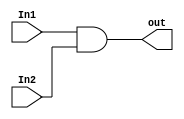
module AND_gate (
input        wire             In1,
input        wire             In2,

output       wire             out
);

assign out = In1 & In2 ;

endmodule